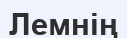
Лемнің